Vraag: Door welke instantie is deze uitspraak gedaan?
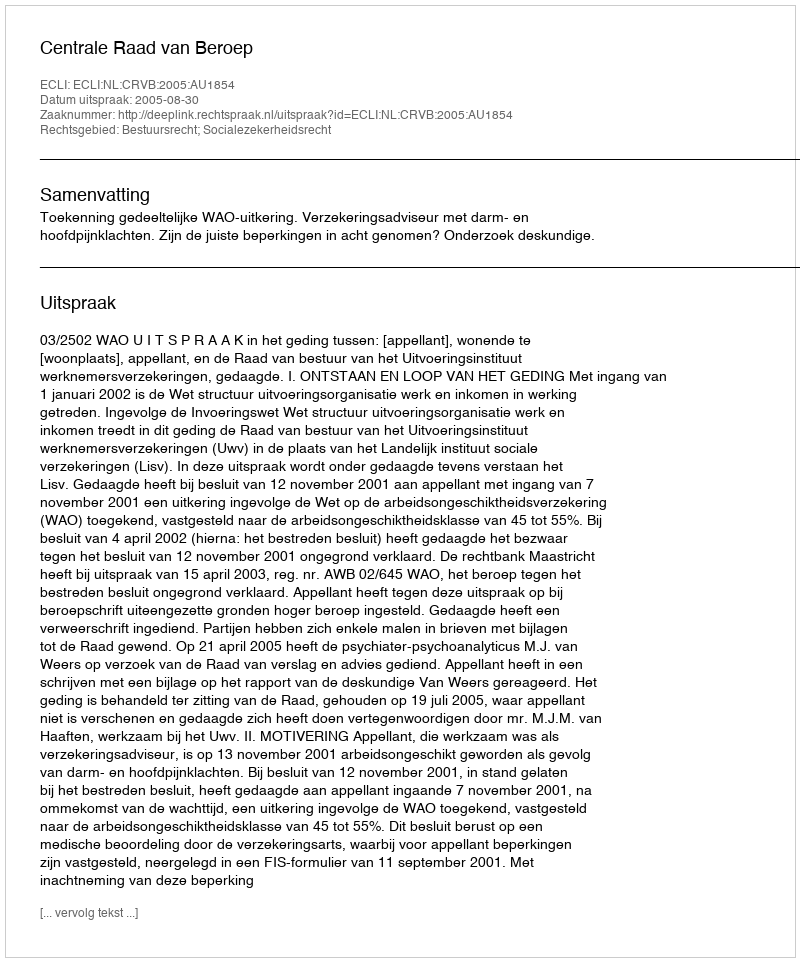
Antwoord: Centrale Raad van Beroep